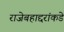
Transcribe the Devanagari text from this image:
राजेबहाद्दरांकडे